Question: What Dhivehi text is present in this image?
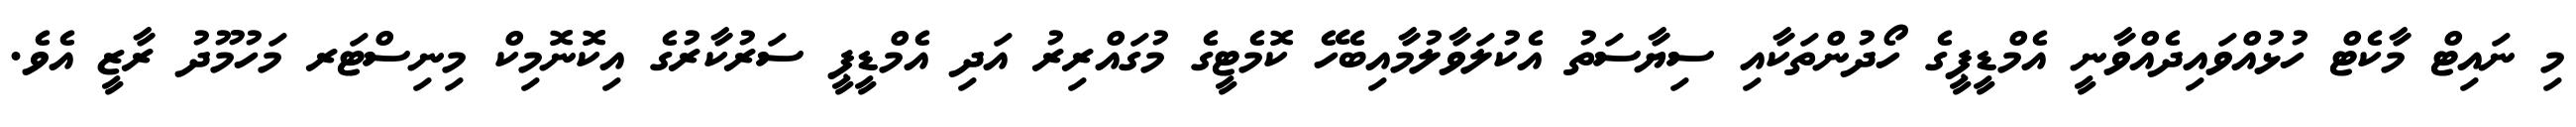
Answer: މި ނައިޓް މާކެޓް ހުޅުއްވައިދެއްވާނީ އެމްޑީޕީގެ ހޯދުންތަކާއި ސިޔާސަތު އެކުލަވާލުމާއިބެހޭ ކޮމެޓީގެ މުގައްރިރު އަދި އެމްޑީޕީ ސަރުކާރުގެ އިކޮނޮމިކް މިނިސްޓަރ މަހުމޫދު ރާޒީ އެވެ.